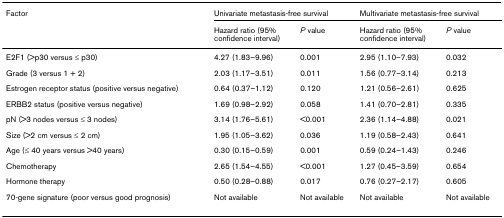
| Factor | <COLSPAN=2> Univariate metastasis-free survival | <COLSPAN=2> Multivariate metastasis-free survival |
 |  | Hazard ratio (95% confidence interval) | P value | Hazard ratio (95% confidence interval) | P value |
 | --- | --- | --- | --- | --- |
 | E2F1 (>p30 versus ≤ p30) | 4.27 (1.83–9.96) | 0.001 | 2.95 (1.10–7.93) | 0.032 |
 | Grade (3 versus 1 + 2) | 2.03 (1.17–3.51) | 0.011 | 1.56 (0.77–3.14) | 0.213 |
 | Estrogen receptor status (positive versus negative) | 0.64 (0.37–1.12) | 0.120 | 1.21 (0.56–2.61) | 0.625 |
 | ERBB2 status (positive versus negative) | 1.69 (0.98–2.92) | 0.058 | 1.41 (0.70–2.81) | 0.335 |
 | pN (>3 nodes versus ≤ 3 nodes) | 3.14 (1.76–5.61) | <0.001 | 2.36 (1.14–4.88) | 0.021 |
 | Size (>2 cm versus ≤ 2 cm) | 1.95 (1.05–3.62) | 0.036 | 1.19 (0.58–2.43) | 0.641 |
 | Age (≤ 40 years versus >40 years) | 0.30 (0.15–0.59) | 0.001 | 0.59 (0.24–1.43) | 0.246 |
 | Chemotherapy | 2.65 (1.54–4.55) | <0.001 | 1.27 (0.45–3.59) | 0.654 |
 | Hormone therapy | 0.50 (0.28–0.88) | 0.017 | 0.76 (0.27–2.17) | 0.605 |
 | 70-gene signature (poor versus good prognosis) | Not available | Not available | Not available | Not available |